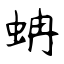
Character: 蚺